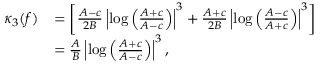
\begin{array} { r l } { \kappa _ { 3 } ( f ) } & { = \left[ \frac { A - c } { 2 B } \left| \log \left( \frac { A + c } { A - c } \right) \right| ^ { 3 } + \frac { A + c } { 2 B } \left| \log \left( \frac { A - c } { A + c } \right) \right| ^ { 3 } \right] } \\ & { = \frac { A } { B } \left| \log \left( \frac { A + c } { A - c } \right) \right| ^ { 3 } , } \end{array}